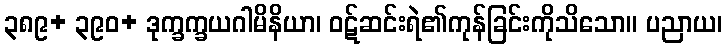
၃၈၉+ ၃၉၀+ ဒုက္ခက္ခယဂါမိနိယာ၊ ဝဋ်ဆင်းရဲ၏ကုန်ခြင်းကိုသိသော။ ပညာယ၊